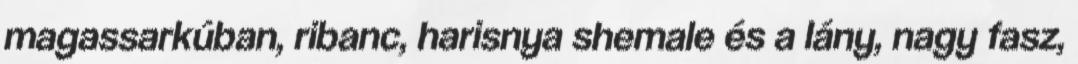
magassarkúban, ribanc, harisnya shemale és a lány, nagy fasz,